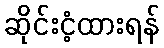
ဆိုင်းငံ့ထားရန်